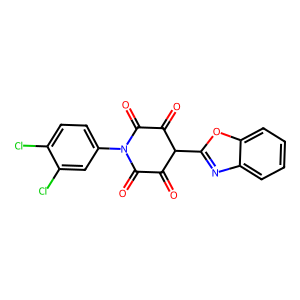
SMILES: O=C1C(=O)N(c2ccc(Cl)c(Cl)c2)C(=O)C(=O)C1c1nc2ccccc2o1
Inhibits HIV replication: No